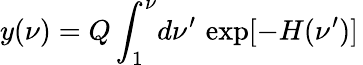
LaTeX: y(\nu)=Q\int_{1}^{\nu}\! d\nu^{\prime}\, \exp[-H(\nu^{\prime})]\,